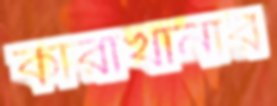
কারাখানার